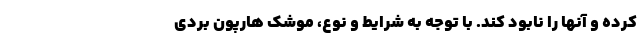
کرده و آنها را نابود کند. با توجه به شرایط و نوع، موشک هارپون بردی